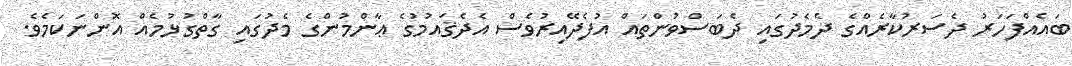
ބައެއްފަހަރު ދެސަރުކާރެއްގެ ދެމެދުގައި ދެބަސްވުންތައް އުފެދޭއިރުވެސް އެދެޤައުމުގެ ޢާންމުންގެ މެދުގައި ގާތްގުޅުމެއް އޮންނަކަމެވެ.